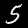
Digit: 5